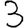
Digit: 3